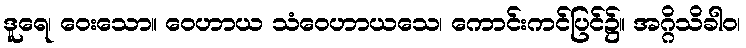
ဒူရေ၊ ဝေးသော။ ဝေဟာယ သံဝေဟာယသေ၊ ကောင်းကင်ပြင်၌။ အဂ္ဂိသိခါဝ၊